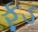
ફૂડ